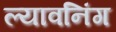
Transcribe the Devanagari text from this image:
ल्यावनिंग